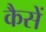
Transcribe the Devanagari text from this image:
कैसें